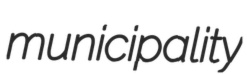
municipality